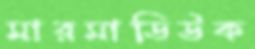
মারমাডিউক